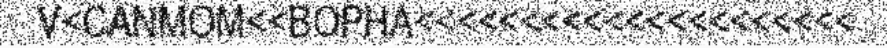
V<CANMOM<<BOPHA<<<<<<<<<<<<<<<<<<<<<